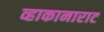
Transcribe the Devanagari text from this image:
व्हाकानाराट